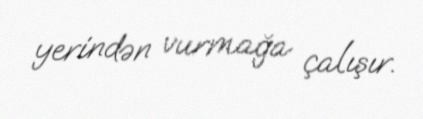
yerindən vurmağa çalışır.